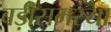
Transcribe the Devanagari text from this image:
बड़ीसमस्या